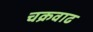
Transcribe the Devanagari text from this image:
चक्रवाढ